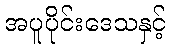
အပူပိုင်းဒေသနှင့်